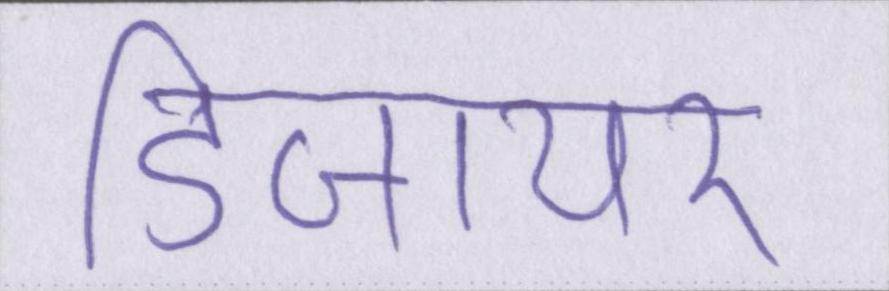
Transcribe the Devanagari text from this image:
डिजायर